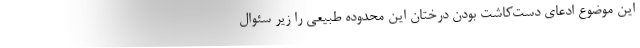
این موضوع ادعای دست‌کاشت بودن درختان این محدوده طبیعی را زیر سئوال